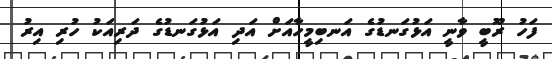
ފަހު ރޫބީ ވާނީ އަޅުގަނޑުގެ އަނބިމީހާއަށް އަދި އަޅުގަނޑުގެ ދަރިއަކު ހުރި އިރު